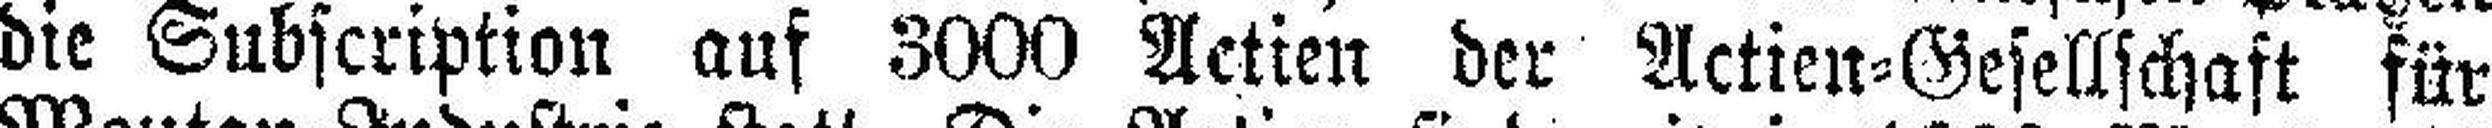
die Subscription auf 3000 Actien der Actien=Gesellschaft für